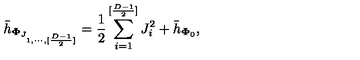
{ \bar { h } } _ { { \bf \Phi } _ { J _ { 1 , \cdots , [ { \frac { D - 1 } { 2 } } ] } } } = { \frac { 1 } { 2 } } \sum _ { i = 1 } ^ { [ { \frac { D - 1 } { 2 } } ] } J _ { i } ^ { 2 } + { \bar { h } } _ { { \bf \Phi } _ { 0 } } ,